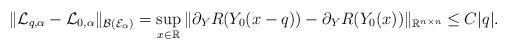
LaTeX: \begin{align*}\|\mathcal{L}_{q,\alpha}-\mathcal{L}_{0,\alpha}\|_{\mathcal{B}(\mathcal{E}_{\alpha})}=\sup\limits_{x\in\mathbb{R}}\|\partial_{Y}R(Y_0(x-q))-\partial_{Y}R(Y_0(x))\|_{\mathbb{R}^{n\times n}}\leq C|q|.\end{align*}